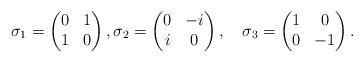
LaTeX: \begin{align*}\quad{\sigma}_1 =\begin{pmatrix}0 & 1\\1 & 0\end{pmatrix},{\sigma}_2=\begin{pmatrix}0 & -i\\i & 0\end{pmatrix},\quad{\sigma}_3=\begin{pmatrix}1 & 0\\0 & -1\end{pmatrix}.\end{align*}